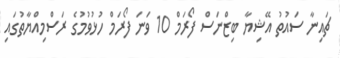
ޗައިނާ ސައުތު އޭޝިޔާ ބިޒްނަސް ފޯރަމް 10 ވަނަ ފޯރަމް ހުޅުވުމުގެ ރަސްމިއްޔާތުގައި